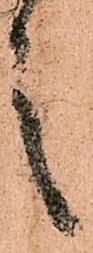
言